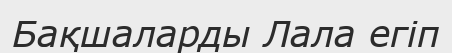
Бақшаларды Лала егіп